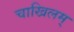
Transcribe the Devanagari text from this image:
चाखिलम्